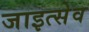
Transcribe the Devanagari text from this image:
जाइत्सेव